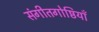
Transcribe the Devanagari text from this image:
संगीतगोष्ठियाँ